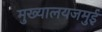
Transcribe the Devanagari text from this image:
मुख्यालयजमुई